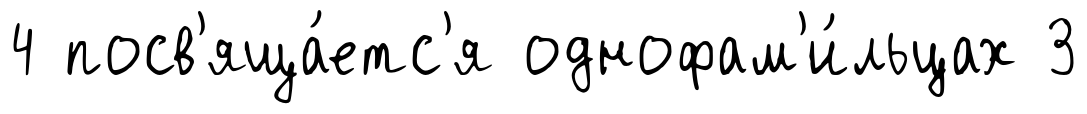
4 посв'яща́етс'я однофам'и́льцах 3